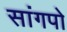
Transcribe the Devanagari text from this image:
सांगपो